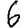
Digit: 6